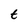
Character: t